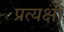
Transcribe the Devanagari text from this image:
प्रत्यक्षों